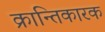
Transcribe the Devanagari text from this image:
क्रान्तिकारक